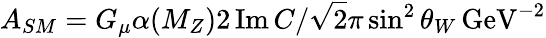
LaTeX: A_{SM}=G_{\mu}\alpha(M_{Z})2\, \mathrm{Im}\, C/\sqrt{2}\pi\sin^{2}\theta_{W}\, \mathrm{GeV}^{-2}